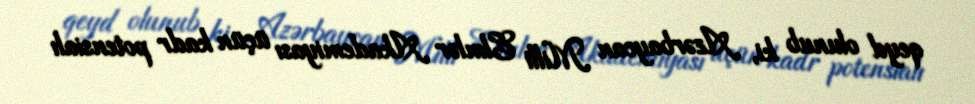
qeyd olunub ki, Azərbaycan Milli Elmlər Akademiyası üçün kadr potensialı